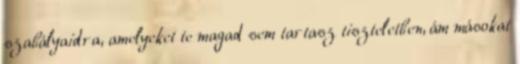
szabályaidra, amelyeket te magad sem tartasz tiszteletben, ám másokat